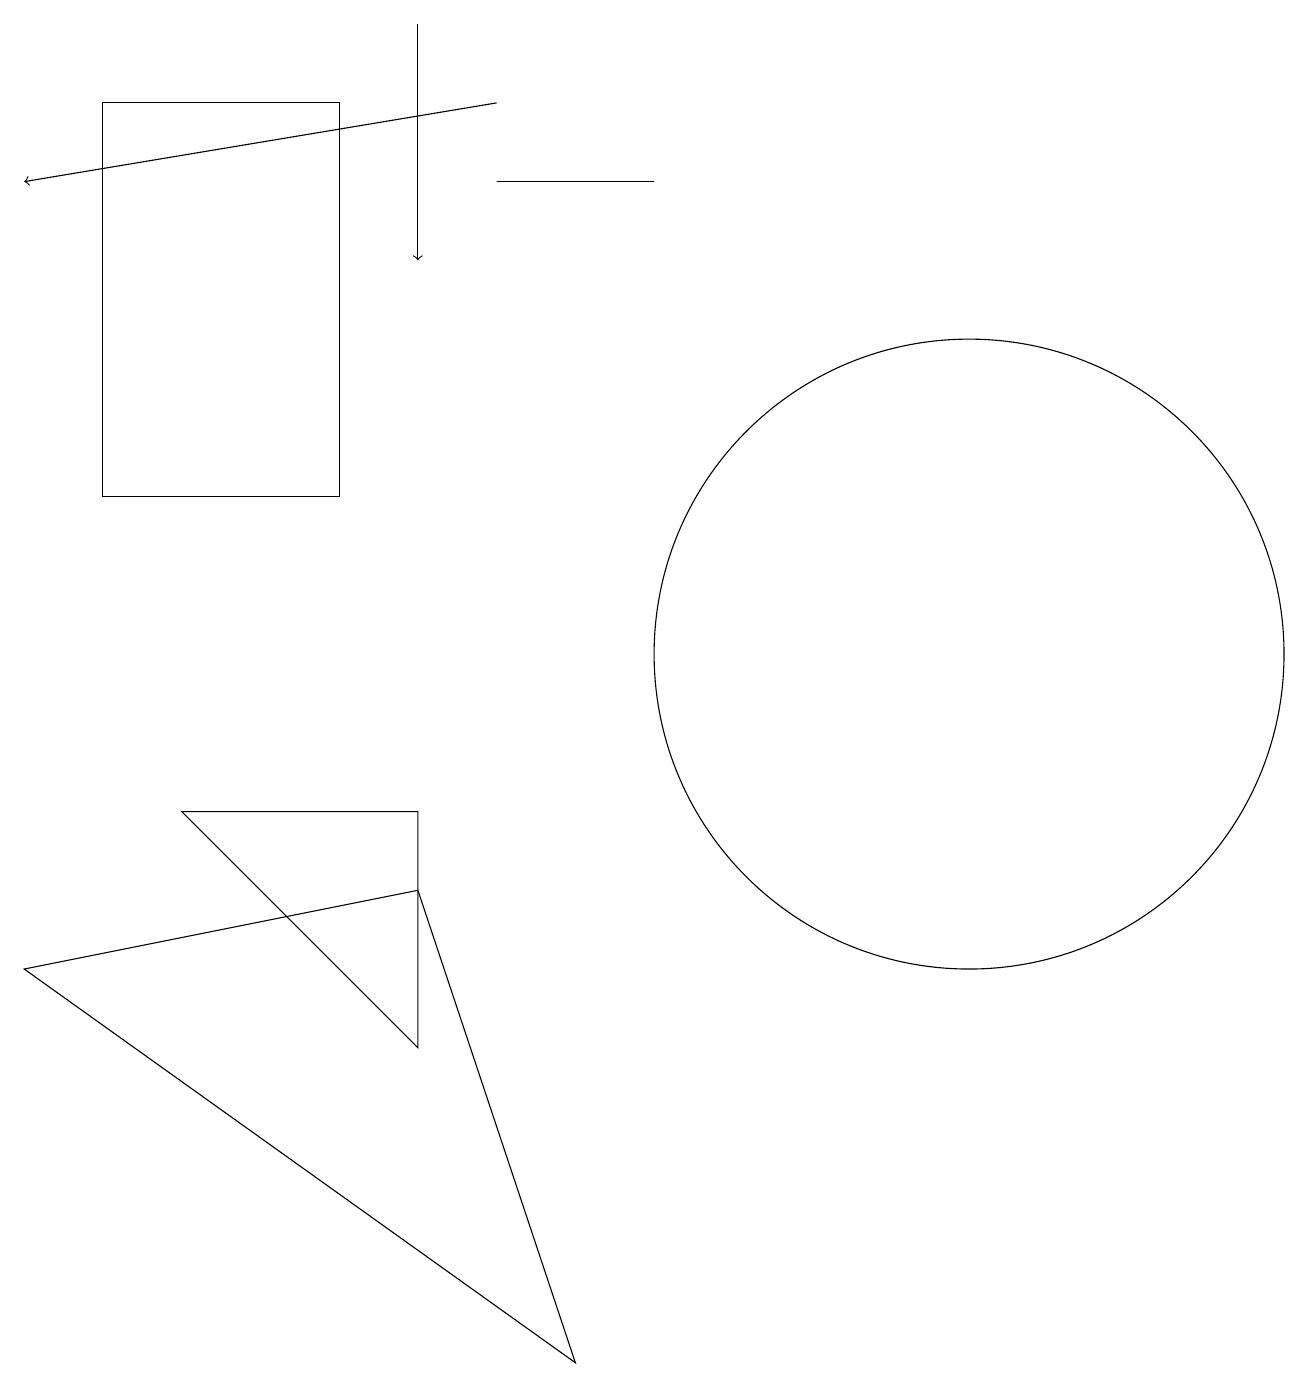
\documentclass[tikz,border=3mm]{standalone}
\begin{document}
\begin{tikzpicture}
\draw (5,7) -- (7,1) -- (0,6) -- cycle;
\draw[->] (6,17) -- (0,16);
\draw (1,17) rectangle (4,12);
\draw[->] (5,18) -- (5,15);
\draw (12,10) circle (4);
\draw (6,16) rectangle (8,16);
\draw (2,8) -- (5,8) -- (5,5) -- cycle;
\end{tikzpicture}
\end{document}